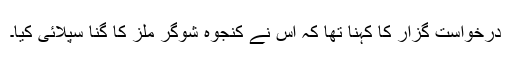
درخواست گزار کا کہنا تھا کہ اس نے کنجوہ شوگر ملز کا گنا سپلائی کیا۔